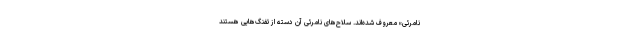
نامرئی» معروف شده‌اند. سلاح‌های نامرئی آن دسته از تفنگ‌هایی هستند